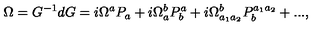
\Omega = G ^ { - 1 } d G = i \Omega ^ { a } P _ { a } + i \Omega _ { a } ^ { b } P _ { b } ^ { a } + i \Omega _ { a _ { 1 } a _ { 2 } } ^ { b } P _ { b } ^ { a _ { 1 } a _ { 2 } } + . . . ,